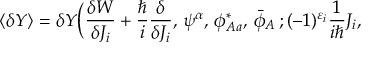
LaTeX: \langle \delta Y \rangle = \delta Y \bigg ( \frac { \delta { \cal W } } { \delta { \cal J } _ { i } } + \frac { \hbar } { i } \frac { \delta } { \delta { \cal J } _ { i } } , \, \psi ^ { \alpha } , \, \phi _ { A a } ^ { * } , \, \bar { \phi } _ { A } \, ; ( - 1 ) ^ { \varepsilon _ { i } } \frac { 1 } { i \hbar } { \cal J } _ { i } , \,